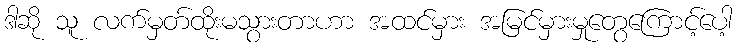
ဒါဆို သူ လက်မှတ်ထိုးမသွားတာဟာ အထင်မှား အမြင်မှားမှုတွေကြောင့်ပေါ့